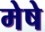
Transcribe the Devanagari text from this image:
मेषे